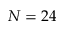
N = 2 4